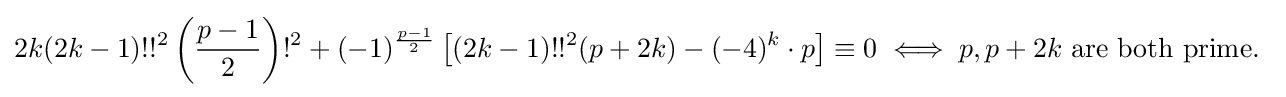
2k(2k-1)!!^{2}\left({\frac {p-1}{2}}\right)!^{2}+(-1)^{\frac {p-1}{2}}\left[(2k-1)!!^{2}(p+2k)-(-4)^{k}\cdot p\right]\equiv 0\iff p,p+2k{\text{ are both prime. }}